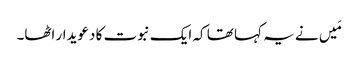
مَیں نے یہ کہا تھا کہ ایک نبوت کا دعویدار اٹھا۔